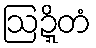
ဩဍ္ဍိတံ